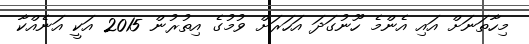
މިހާތަނަށް އައި އެންމެ ހޫނުގަދަ އަހަރަށް ވުމުގެ އިތުރުން 2015 އަކީ އަނެއްކާ